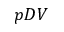
p D V